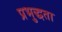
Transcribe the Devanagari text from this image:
प्रभुद्धता